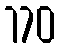
170